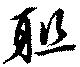
聯